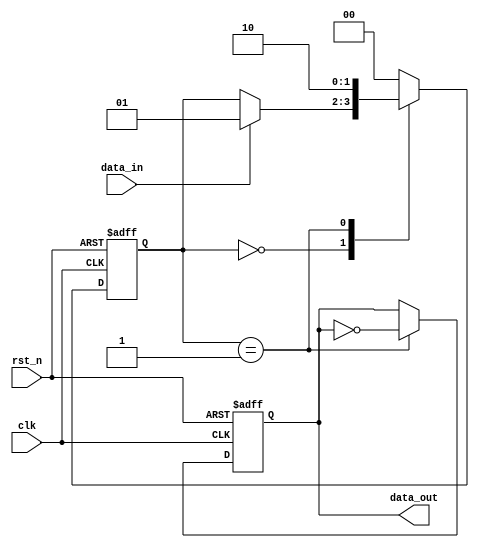
module reactive_system (
    input wire clk,           // Clock input
    input wire rst_n,        // Active low reset
    input wire data_in,      // Input data signal
    output reg data_out      // Output data signal
);

    // Internal state variable
    reg [1:0] state;

    // State encoding
    localparam STATE_IDLE = 2'b00;
    localparam STATE_ACTIVE = 2'b01;
    localparam STATE_DONE = 2'b10;

    // Behavioral modeling block using @ (event)
    always @(posedge clk or negedge rst_n) begin
        if (!rst_n) begin
            // Reset state
            state <= STATE_IDLE;
            data_out <= 1'b0; // Initialize output
        end else begin
            // State machine behavior
            case (state)
                STATE_IDLE: begin
                    if (data_in) begin
                        state <= STATE_ACTIVE; // Transition to active state
                    end
                end
                
                STATE_ACTIVE: begin
                    // Perform some operation (example: toggle output)
                    data_out <= ~data_out; 
                    state <= STATE_DONE; // Transition to done state
                end
                
                STATE_DONE: begin
                    // Return to idle state
                    state <= STATE_IDLE;
                end
                
                default: begin
                    state <= STATE_IDLE; // Default to idle state
                end
            endcase
        end
    end

endmodule